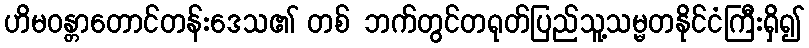
ဟိမဝန္တာတောင်တန်းဒေသ၏ တစ် ဘက်တွင်တရုတ်ပြည်သူ့သမ္မတနိုင်ငံကြီးရှိ၍